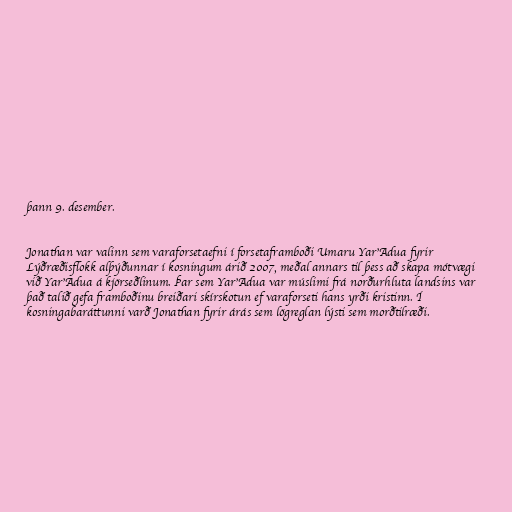
þann 9. desember.

Jonathan var valinn sem varaforsetaefni í forsetaframboði Umaru Yar'Adua fyrir
Lýðræðisflokk alþýðunnar í kosningum árið 2007, meðal annars til þess að skapa mótvægi
við Yar'Adua á kjörseðlinum. Þar sem Yar'Adua var múslimi frá norðurhluta landsins var
það talið gefa framboðinu breiðari skírskotun ef varaforseti hans yrði kristinn. Í
kosningabaráttunni varð Jonathan fyrir árás sem lögreglan lýsti sem morðtilræði.